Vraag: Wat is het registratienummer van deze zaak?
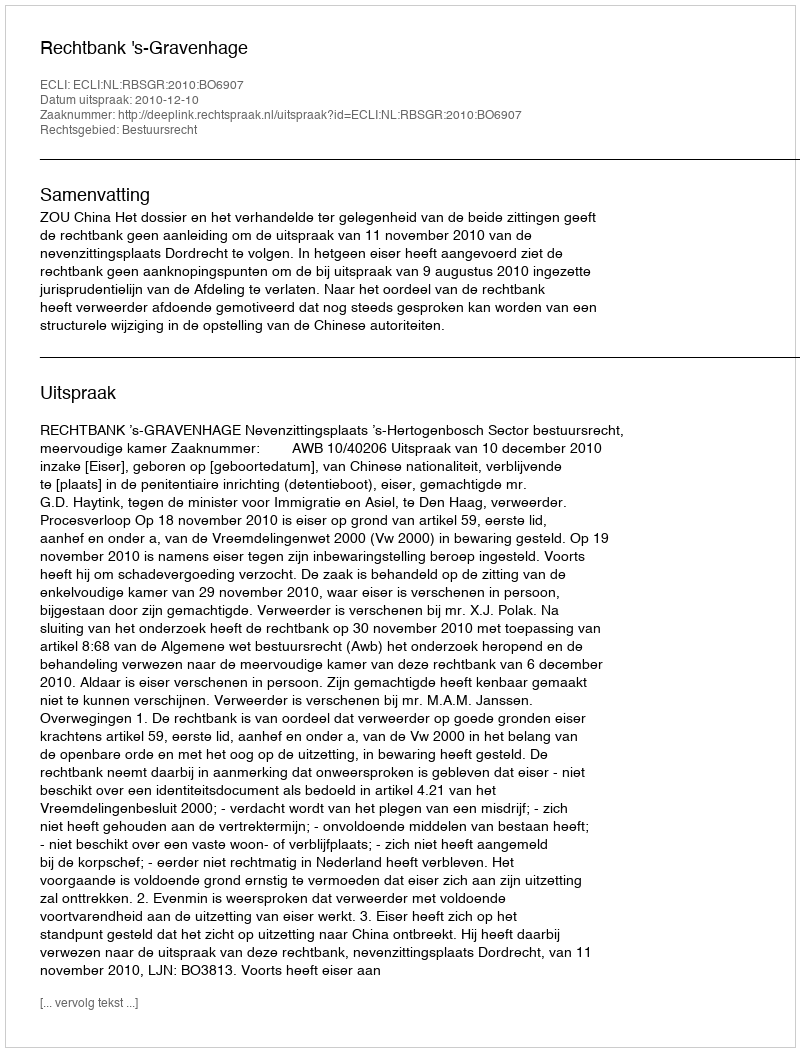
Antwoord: http://deeplink.rechtspraak.nl/uitspraak?id=ECLI:NL:RBSGR:2010:BO6907